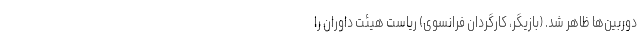
دوربین‌ها ظاهر شد. (بازیگر، کارگردان فرانسوی) ریاست هیئت داوران را